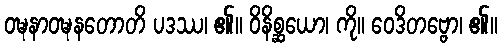
ဝဍ္ဎနာဝဍ္ဎနတောတိ ပဒဿ၊ ၏။ ဝိနိစ္ဆယော၊ ကို။ ဝေဒိတဗ္ဗော၊ ၏။